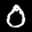
Label: 0